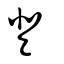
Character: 豋